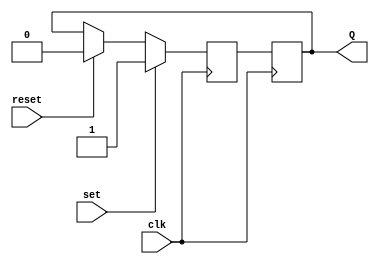
module sr_flipflop(
    input wire clk,
    input wire set,
    input wire reset,
    output reg Q
);

reg Q_buffer;

always @ (posedge clk) begin
    if (set)
        Q_buffer <= 1;
    else if (reset)
        Q_buffer <= 0;
    else
        Q_buffer <= Q;
end

always @ (posedge clk) begin
    Q <= Q_buffer;
end

endmodule